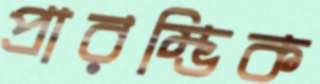
প্রারম্ভিক